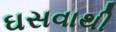
ઘસવાથી